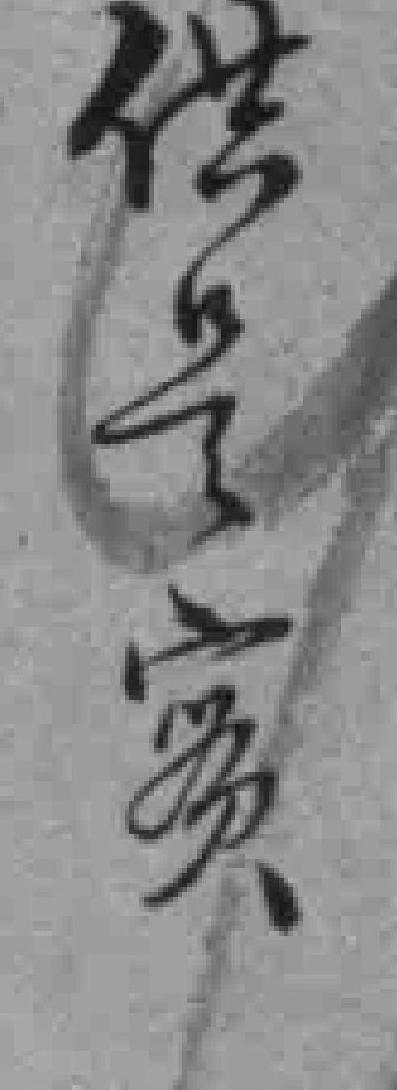
供是實